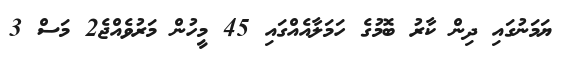
ޔަމަނުގައި ދިން ކާރު ބޮމުގެ ހަމަލާއެއްގައި 45 މީހުން މަރުވެއްޖެ2 މަސް 3